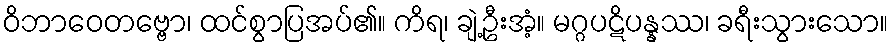
ဝိဘာဝေတဗ္ဗော၊ ထင်စွာပြအပ်၏။ ကိရ၊ ချဲ့ဦးအံ့။ မဂ္ဂပဋိပန္နဿ၊ ခရီးသွားသော။